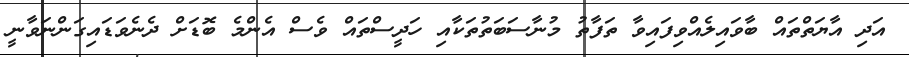
އަދި އާޔަތްތައް ބާވައިލެއްވިފައިވާ ތަފާތު މުނާސަބަތުތަކާއި ހަދީސްތައް ވެސް އެންމެ ބޮޑަށް ދެނެވަޑައިގަންނަވާނީ